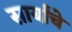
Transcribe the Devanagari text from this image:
सार्यांचे